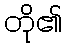
တို၏